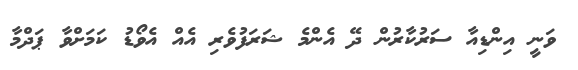
ވަނީ އިންޑިއާ ސަރުކާރުން ދޭ އެންމެ ޝަރަފުވެރި އެއް އެވޯޑު ކަމަށްވާ ޕަދްމާ